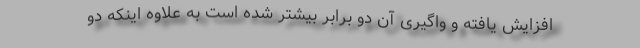
افزایش یافته و واگیری آن دو برابر بیشتر شده است به علاوه اینکه دو